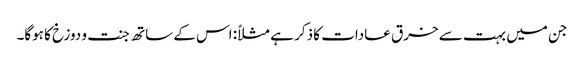
جن میں بہت سے خرق عادات کا ذکر ہے مثلاً: اس کے ساتھ جنت و دوزخ کا ہوگا۔